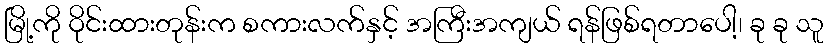
မြို့ကို ဝိုင်းထားတုန်းက စကားလက်နှင့် အကြီးအကျယ် ရန်ဖြစ်ရတာပေါ့၊ ခု ခု သူ